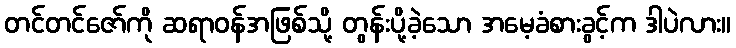
တင်တင်ဇော်ကို ဆရာဝန်အဖြစ်သို့ တွန်းပို့ခဲ့သော အမေ့ခံစားခွင့်က ဒါပဲလား။